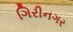
ગિરીનગર